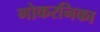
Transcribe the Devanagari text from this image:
गोकरनिका